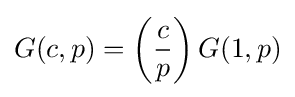
{G(c,p)=\left({c \over p}\right)G(1,p)}